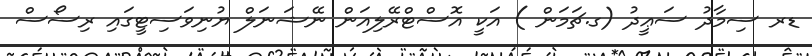
ޑރ ސިމާދު ސަޢީދު (ގ.ޗަމަން ) އަކީ އޮސްޓްރޭލިއަން ނޭޝަނަލް ޔުނިވަސިޓީގައި ރިސޯސް